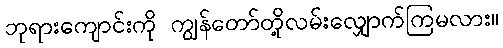
ဘုရားကျောင်းကို ကျွန်တော်တို့လမ်းလျှောက်ကြမလား။